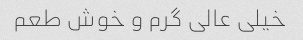
خیلی عالی گرم و خوش طعم